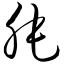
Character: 肫